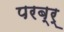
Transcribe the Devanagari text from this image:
परब्र्